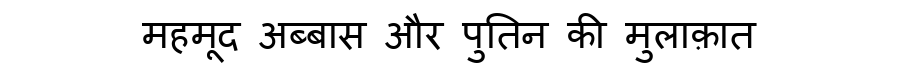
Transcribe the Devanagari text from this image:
महमूद अब्बास और पुतिन की मुलाक़ात